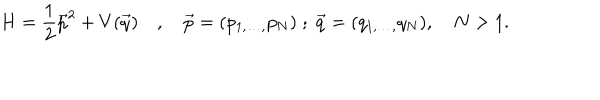
H = \frac { 1 } { 2 } \vec { p } ^ { 2 } + V ( \vec { q } ) \quad , \quad \vec { p } = ( p _ { 1 , \ldots , } p _ { N } ) \; ; \; \vec { q } = ( q _ { 1 , \ldots , } q _ { N } ) , \quad N > 1 .